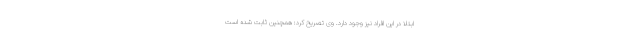
ابتلا در این افراد نیز وجود دارد. وی تصریح کرد: همچنین ثابت شده است